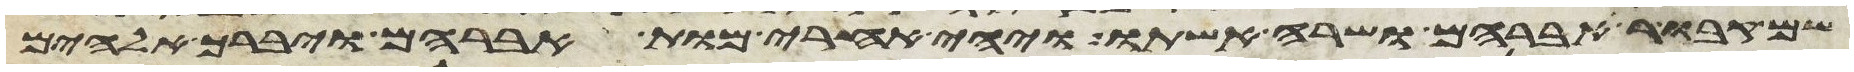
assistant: קבור אברהם ושרה אשתו ויהי אחרי מות אברהם ויברך אלהים